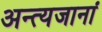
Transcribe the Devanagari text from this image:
अन्त्यजानां